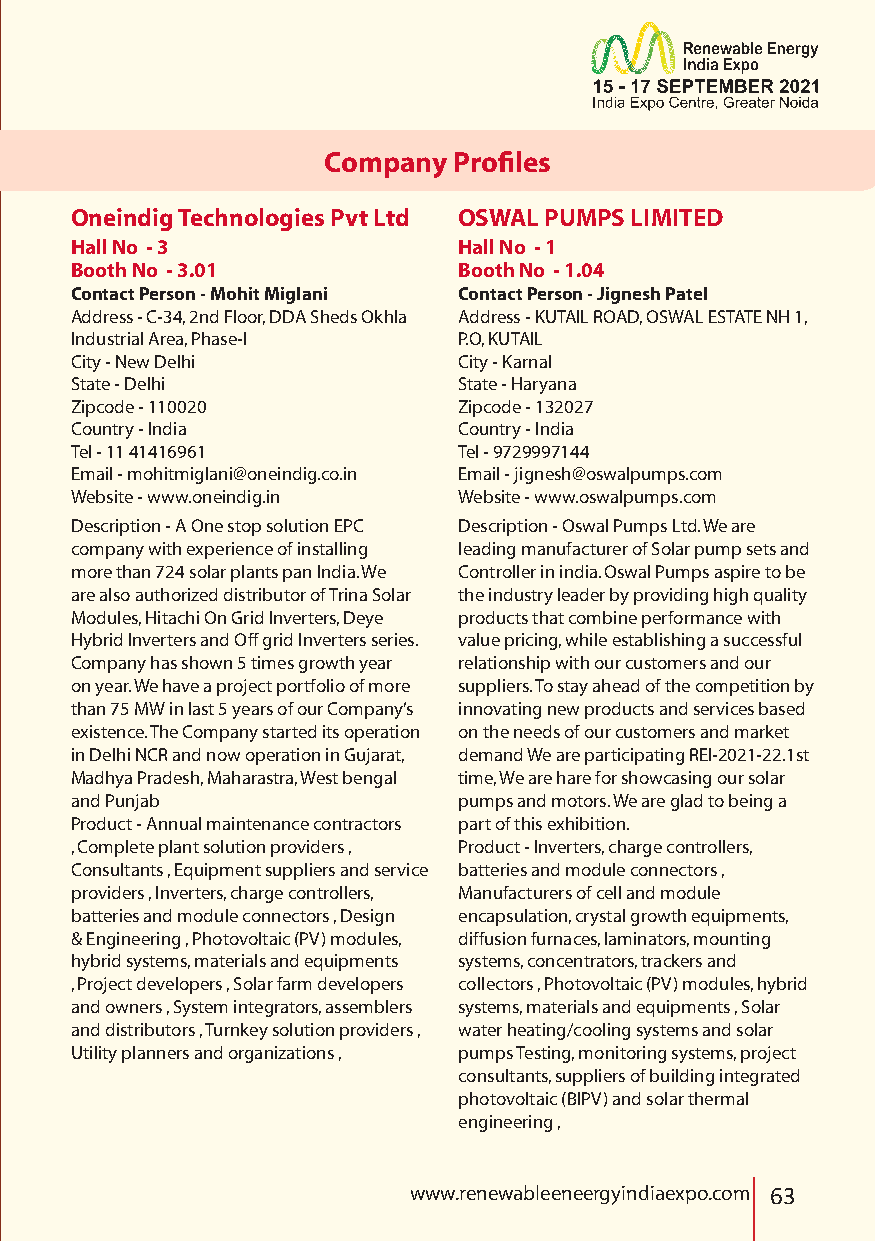
Company  Profiles
 Oneindig Technologies Pvt Ltd OSWAL PUMPS LIMITED
 Hall No - 3              Hall No - 1
 Booth No - 3.01          Booth No - 1.04
 Contact Person - Mohit Miglani Contact Person - Jignesh Patel
 Address - C-34, 2nd Floor, DDA Sheds Okhla Address - KUTAIL ROAD, OSWAL ESTATE NH 1,
 Industrial Area, Phase-I P.O, KUTAIL
 City - New Delhi         City - Karnal
 State - Delhi            State - Haryana
 Zipcode - 110020         Zipcode - 132027
 Country - India          Country - India
 Tel - 11 41416961        Tel - 9729997144
 Email - mohitmiglani@oneindig.co.in Email - jignesh@oswalpumps.com
 Website - www.oneindig.in Website - www.oswalpumps.com
 Description - A One stop solution EPC Description - Oswal Pumps Ltd. We are
 company with experience of installing leading manufacturer of Solar pump sets and
 more than 724 solar plants pan India. We Controller in india. Oswal Pumps aspire to be
 are also authorized distributor of Trina Solar the industry leader by providing high quality
 Modules, Hitachi On Grid Inverters, Deye products that combine performance with
 Hybrid Inverters and Off grid Inverters series. value pricing, while establishing a successful
 Company has shown 5 times growth year relationship with our customers and our
 on year. We have a project portfolio of more suppliers. To stay ahead of the competition by
 than 75 MW in last 5 years of our Company’s innovating new products and services based
 existence. The Company started its operation on the needs of our customers and market
 in Delhi NCR and now operation in Gujarat, demand We are participating REI-2021-22.1st
 Madhya Pradesh, Maharastra, West bengal time, We are hare for showcasing our solar
 and Punjab               pumps and motors. We are glad to being a
 Product - Annual maintenance contractors part of this exhibition.
 , Complete plant solution providers , Product - Inverters, charge controllers,
 Consultants , Equipment suppliers and service batteries and module connectors ,
 providers , Inverters, charge controllers, Manufacturers of cell and module
 batteries and module connectors , Design encapsulation, crystal growth equipments,
 & Engineering , Photovoltaic (PV) modules, diffusion furnaces, laminators, mounting
 hybrid systems, materials and equipments systems, concentrators, trackers and
 , Project developers , Solar farm developers collectors , Photovoltaic (PV) modules, hybrid
 and owners , System integrators, assemblers systems, materials and equipments , Solar
 and distributors , Turnkey solution providers , water heating/cooling systems and solar
 Utility planners and organizations , pumps Testing, monitoring systems, project
 consultants, suppliers of building integrated
 photovoltaic (BIPV) and solar thermal
 engineering ,
 www.renewableeneergyindiaexpo.com 63